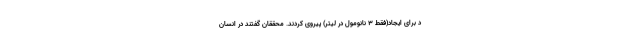
د برای ایجاد(فقط ۳ نانومول در لیتر) پیروی کردند. محققان گفتند در انسان